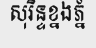
សុរិន្ទខ្នងភ្នំ